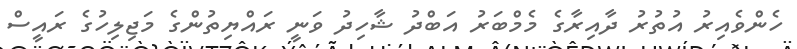
ހެންވެއިރު އުތުރު ދާއިރާގެ މެމްބަރު އަބްދު ޝާހިދު ވަނީ ރައްޔިތުންގެ މަޖިލިހުގެ ރައީސް